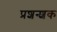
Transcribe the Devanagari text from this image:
प्रशन्शक